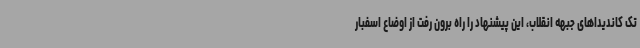
تک کاندیداهای جبهه انقلاب، این پیشنهاد را راه برون رفت از اوضاع اسفبار